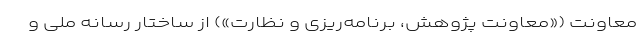
معاونت («معاونت پژوهش، برنامه‌ریزی و نظارت») از ساختار رسانه ملی و